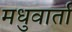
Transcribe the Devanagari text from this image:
मधुवार्ता